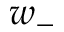
w _ { - }